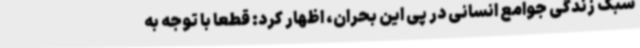
سبک زندگی جوامع انسانی در پی این بحران، اظهار کرد: قطعا با توجه به